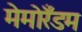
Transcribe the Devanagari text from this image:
मेमोरँडम